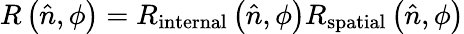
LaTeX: R\left({\hat{n}},\phi\right)=R_{\mathrm{internal}}\left({\hat{n}},\phi\right)R_{\mathrm{spatial}}\left({\hat{n}},\phi\right)